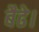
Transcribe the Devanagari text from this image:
बैढे।